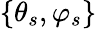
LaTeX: \{ \theta_{s},\varphi_{s}\}